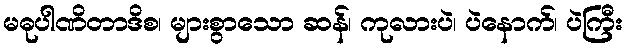
မဓုပါဏိတာဒိစ၊ များစွာသော ဆန်၊ ကုလားပဲ၊ ပဲနောက်၊ ပဲကြီး